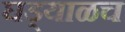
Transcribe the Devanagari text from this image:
घड्याळच